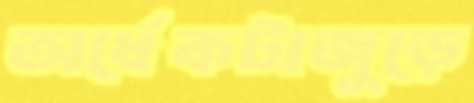
অর্ধেকটাজুড়ে